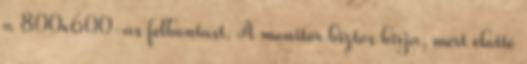
a 800x600-as felbontast. A monitor biztos birja, mert elotte